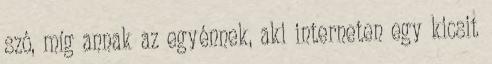
szó, míg annak az egyénnek, aki interneten egy kicsit